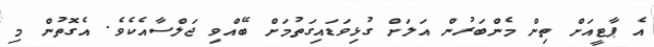
އެ ޕާޓީއަށް ތިން މެންބަރުން އަލަށް ގުޅިވަޑައިގަތުމަށް ބޭއްވި ޖަލްސާއެކެވެ. އެގޮތުން މި